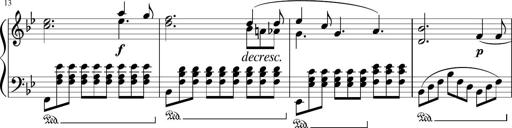
Title: 3 Sonatinen
Composer: Heinrich Lichner